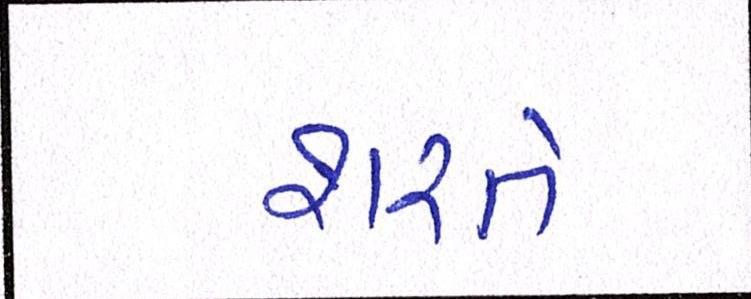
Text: શરતે